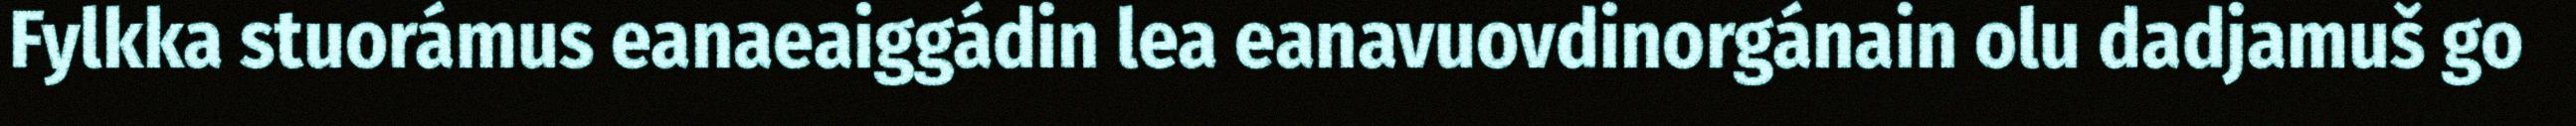
Fylkka stuorámus eanaeaiggádin lea eanavuovdinorgánain olu dadjamuš go